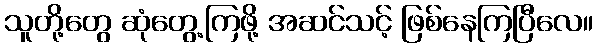
သူတို့တွေ ဆုံတွေ့ကြဖို့ အဆင်သင့် ဖြစ်နေကြပြီလေ။